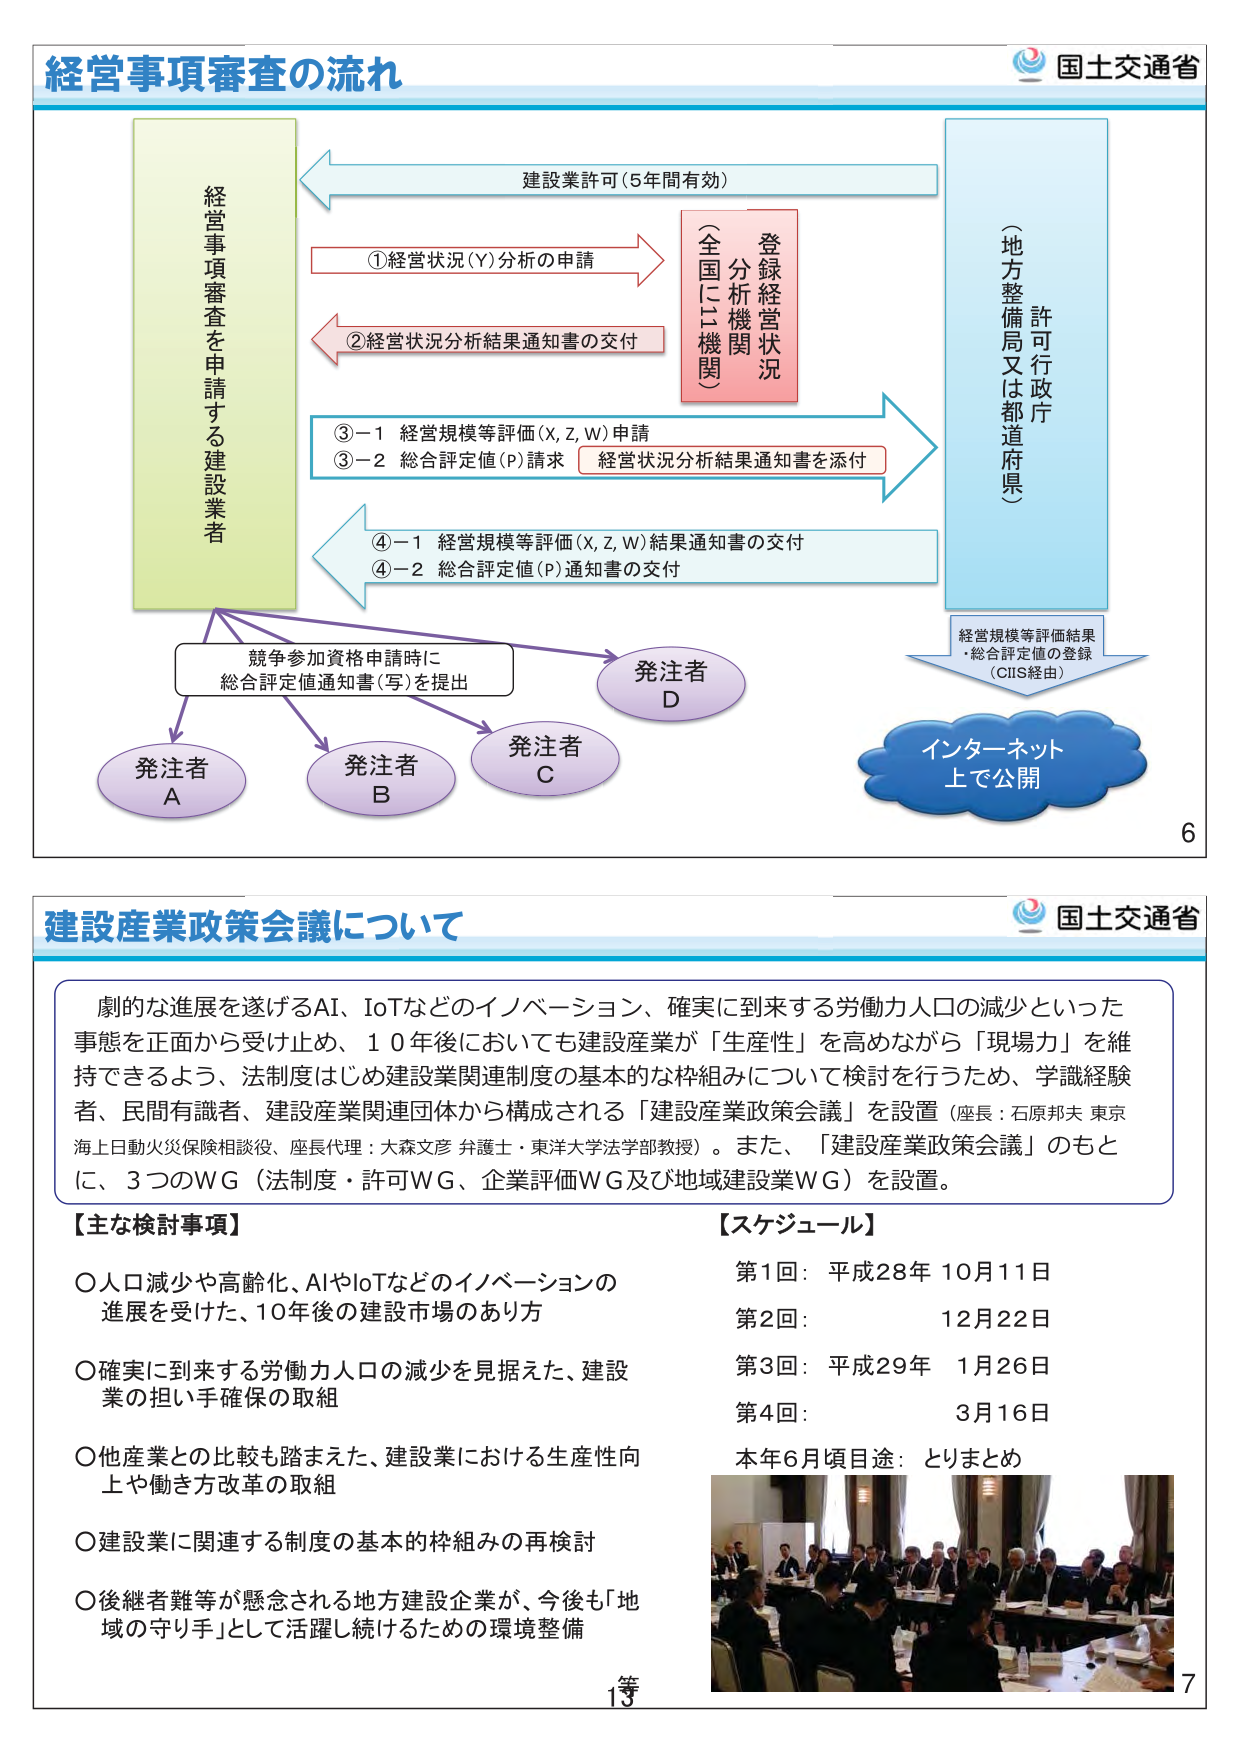
経営事項審査の流れ
国土交通省

建設業許可（5年間有効）

経営事項審査を申請する建設業者

①経営状況（Y）分析の申請
②経営状況分析結果通知書の交付

登録経営状況
分析機関
（全国に13機関）

③－1 経営規模等評価（X, Z, W）申請
③－2 総合評定値（P）請求
経営状況分析結果通知書を添付

④－1 経営規模等評価（X, Z, W）結果通知書の交付
④－2 総合評定値（P）通知書の交付

許可行政庁
（地方整備局又は都道府県）

経営規模等評価結果
・総合評定値の登録
（CIIS経由）

インターネット
上で公開

競争参加資格申請時に
総合評定値通知書（写）を提出

発注者 A
発注者 B
発注者 C
発注者 D

6

建設産業政策会議について
国土交通省

劇的な進展を遂げるAI、IoTなどのイノベーション、確実に到来する労働力人口の減少といった
事態を正面から受け止め、10年後においても建設産業が「生産性」を高めながら「現場力」を維持できるよう、法制度はじめ建設業関連制度の基本的な枠組みについて検討を行うため、学識経験者、民間有識者、建設産業関連団体から構成される「建設産業政策会議」を設置（座長：石原邦夫 東京海上日動火災保険相談役、座長代理：大森文彦 弁護士・東洋大学法学部教授）。また、「建設産業政策会議」のもとに、3つのWG（法制度・許可WG、企業評価WG及び地域建設業WG）を設置。

【主な検討事項】
○人口減少や高齢化、AIやIoTなどのイノベーションの進展を受けた、10年後の建設市場のあり方
○確実に到来する労働力人口の減少を見据えた、建設業の担い手確保の取組
○他産業との比較も踏まえた、建設業における生産性向上や働き方改革の取組
○建設業に関連する制度の基本的枠組みの再検討
○後継者難等が懸念される地方建設企業が、今後も「地域の守り手」として活躍し続けるための環境整備

【スケジュール】
第1回： 平成28年 10月11日
第2回： 12月22日
第3回： 平成29年 1月26日
第4回： 3月16日
本年6月頃目途： とりまとめ

13
7